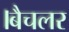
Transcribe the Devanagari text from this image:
।बैचलर